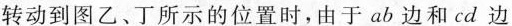
转动到图乙、丁所示的位置时，由于ab边和cd边